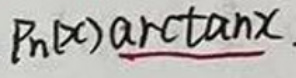
$P _ { n } ( x ) \arctan x$